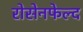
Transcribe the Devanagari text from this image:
रोसेनफेल्द